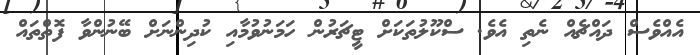
އެއްވެސް ދައްޗެއް ނެތި އެވެ. ސްކޫލުތަކަށް ޓީޗަރުން ހަމަނުވުމާއި ކުދިންނަށް ބޭނުންވާ ފޮތްތައް